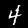
Label: 4